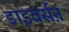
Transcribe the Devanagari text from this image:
डाइवर्सऩ